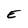
Character: E